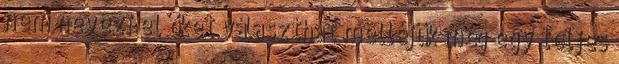
nem nevezi el őket választhat melléjük még egy teljes